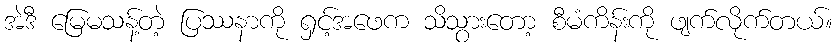
အဲဒီ မြေမသန့်တဲ့ ပြဿနာကို ရှင့်အဖေက သိသွားတော့ စီမံကိန်းကို ဖျက်လိုက်တယ်။